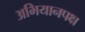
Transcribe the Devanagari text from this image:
अभियानपक्ष